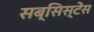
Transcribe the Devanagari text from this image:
सब्सिस्टेंस